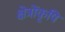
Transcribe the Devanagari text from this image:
क्षेत्रोंकृषि